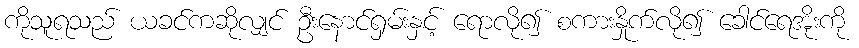
ကိုသူရသည် ယခင်ကဆိုလျှင် ဦးနောင်ရှမ်းနှင့် ရောလို၍ စကားနှိုက်လို၍ ခေါင်ရေအိုးကို